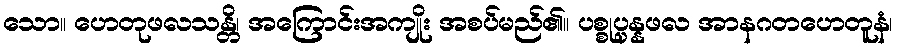
သော။ ဟေတုဖလသန္တိ၊ အကြောင်းအကျိုး အစပ်မည်၏။ ပစ္စုပ္ပန္နဖလ အာနဂတဟေတူနံ၊